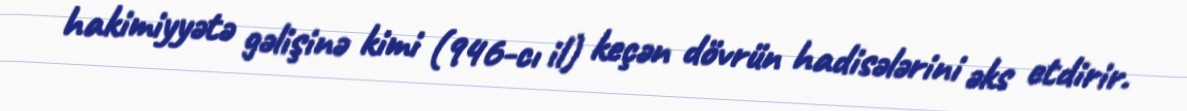
hakimiyyətə gəlişinə kimi (946-cı il) keçən dövrün hadisələrini əks etdirir.